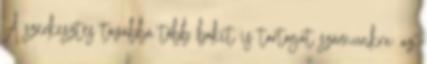
A szerkesztés továbbá több bakit is tartogat számunkra: az